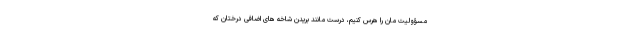
مسؤولیت مان را هرس کنیم، درست مانند بریدن شاخه های اضافی درختان که